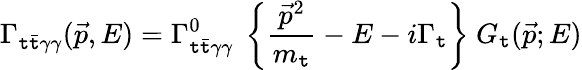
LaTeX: \Gamma_{\mathtt{t}\bar{{\mathtt{t}}}\gamma\gamma}(\vec{{p}},E)=\Gamma_{\mathtt{t}\bar{{\mathtt{t}}}\gamma\gamma}^{0}~\left\{ \frac{{\vec{{p}}^{2}}}{{m_{\mathtt{t}}}}-E-i\Gamma_{\mathtt{t}}\right\} ~G_{\mathtt{t}}(\vec{{p}};E)